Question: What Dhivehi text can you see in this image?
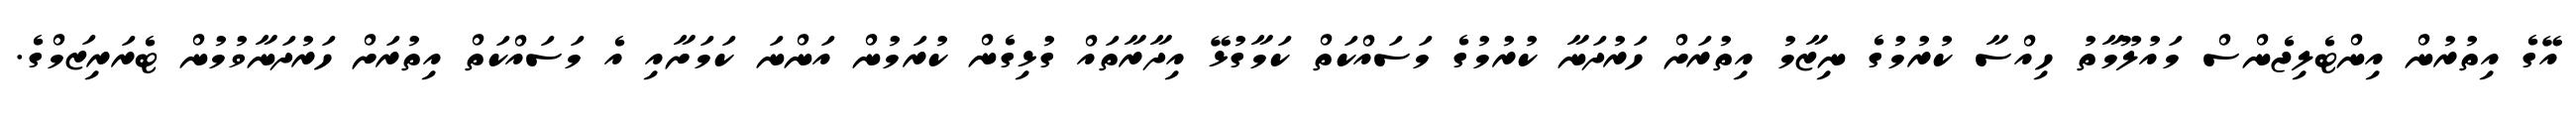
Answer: އޭގެ އިތުރުން އިންޓެލިޖެންސް މައުލޫމާތު ހިއްސާ ކުރުމުގެ ނިޒާމު އިތުރަށް ހަރުދަނާ ކުރުމުގެ މަސައްކަތް ކަމާގުޅޭ އިދާރާތައް ގުޅިގެން ކުރަމުން އަންނަ ކަމަށާއި އެ މަސައްކަތް އިތުރަށް ހަރުދަނާވުމުން ޓެރަރިޒަމްގެ.